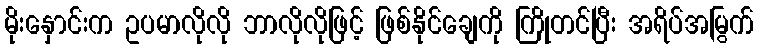
မိုးနှောင်းက ဥပမာလိုလို ဘာလိုလိုဖြင့် ဖြစ်နိုင်ချေကို ကြိုတင်ပြီး အရိပ်အမြွက်